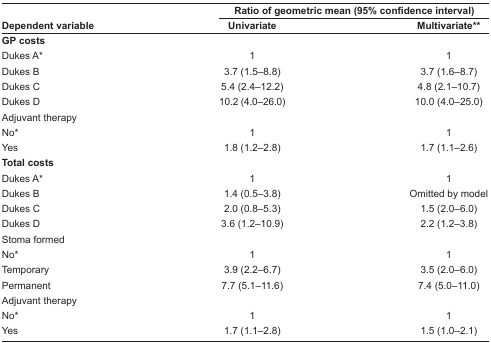
| <ROWSPAN=2> Dependent variable | <COLSPAN=2> Ratio of geometric mean (95% confidence interval) |
 | Univariate | Multivariate** |
 | --- | --- | --- |
 | <COLSPAN=3> GP costs |
 | Dukes A* | 1 | 1 |
 | Dukes B | 3.7 (1.5–8.8) | 3.7 (1.6–8.7) |
 | Dukes C | 5.4 (2.4–12.2) | 4.8 (2.1–10.7) |
 | Dukes D | 10.2 (4.0–26.0) | 10.0 (4.0–25.0) |
 | <COLSPAN=3> Adjuvant therapy |
 | No* | 1 | 1 |
 | Yes | 1.8 (1.2–2.8) | 1.7 (1.1–2.6) |
 | <COLSPAN=3> Total costs |
 | Dukes A* | 1 | 1 |
 | Dukes B | 1.4 (0.5–3.8) | Omitted by model |
 | Dukes C | 2.0 (0.8–5.3) | 1.5 (2.0–6.0) |
 | Dukes D | 3.6 (1.2–10.9) | 2.2 (1.2–3.8) |
 | <COLSPAN=3> Stoma formed |
 | No* | 1 | 1 |
 | Temporary | 3.9 (2.2–6.7) | 3.5 (2.0–6.0) |
 | Permanent | 7.7 (5.1–11.6) | 7.4 (5.0–11.0) |
 | <COLSPAN=3> Adjuvant therapy |
 | No* | 1 | 1 |
 | Yes | 1.7 (1.1–2.8) | 1.5 (1.0–2.1) |